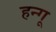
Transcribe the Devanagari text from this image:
हन्गू